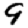
Digit: 9